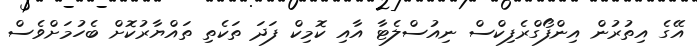
އޭގެ އިތުރުން އިންފޯގްރެފިކްސް ނިއުސްލެޓާ އާއި ކޮމިކް ފަދަ ތަކެތި ތައްޔާރުކޮށް ބެހުމަށްވެސް